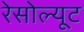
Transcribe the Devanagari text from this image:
रेसोल्यूट